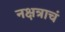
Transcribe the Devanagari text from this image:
नक्षत्राचं